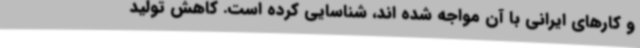
و کارهای ایرانی با آن مواجه شده اند، شناسایی کرده است. کاهش تولید